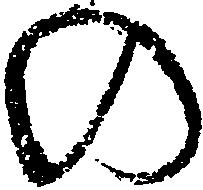
の